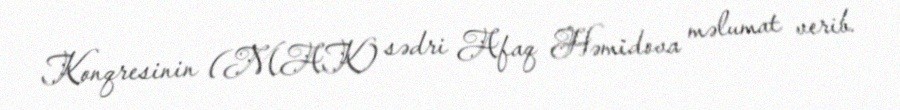
Konqresinin (MAK) sədri Afaq Həmidova məlumat verib.